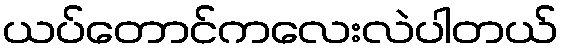
ယပ်တောင်ကလေးလဲပါတယ်